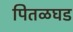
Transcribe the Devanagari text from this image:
पितळघड